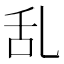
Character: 乱